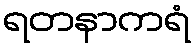
ရတနာကရံ